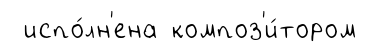
испо́лн'ена композ'и́тором